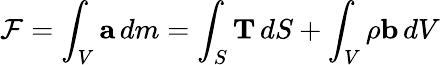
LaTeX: {\mathcal{F}}=\int_{V}\mathbf{a}\, dm=\int_{S}\mathbf{T}\, dS+\int_{V}\rho\mathbf{b}\, dV